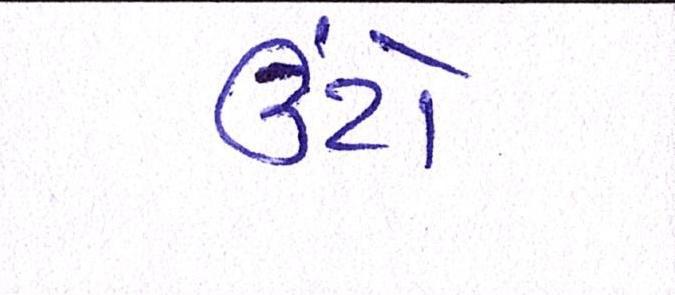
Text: ઉંટો